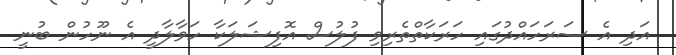
އަދި އެ ސަރަހައްދުގައި ހަރަކާތްތެރިވި ފުލުސް އޮފިޝަލަކާ ހަވާލާދީ އެ ނޫހުން ބުނީ